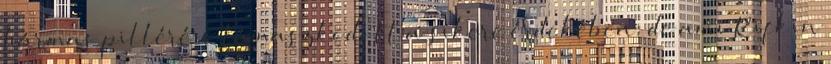
hármas pillérére támaszkodott a sikere érdekében, de ami Rifkin